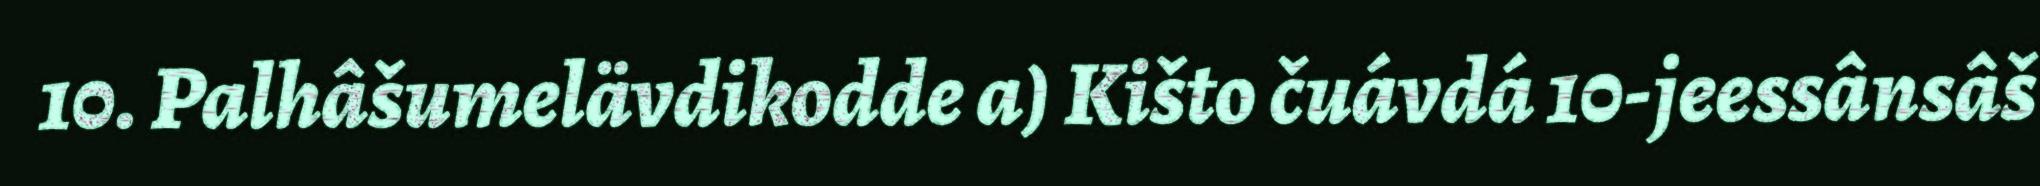
10. Palhâšumelävdikodde a) Kišto čuávdá 10-jeessânsâš